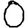
Digit: 0